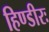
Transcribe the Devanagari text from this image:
हिण्डीरः